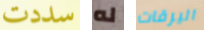
سددت له اليرقات